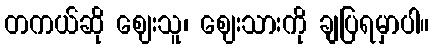
တကယ်ဆို ဈေးသူ၊ ဈေးသားကို ချပြရမှာပါ။